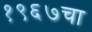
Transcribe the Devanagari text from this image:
१९६७चा